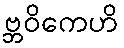
ဗ္ဘဝိကေဟိ